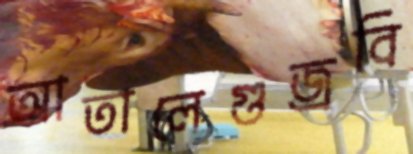
আতালেগুজ্‌রবি